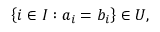
\left\{ i \in I : a _ { i } = b _ { i } \right\} \in U ,